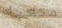
متعبه